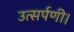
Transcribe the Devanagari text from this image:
उत्सर्पणी।